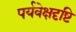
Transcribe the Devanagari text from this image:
पर्यवेक्षदृष्टि